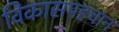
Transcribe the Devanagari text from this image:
विकासपहचान